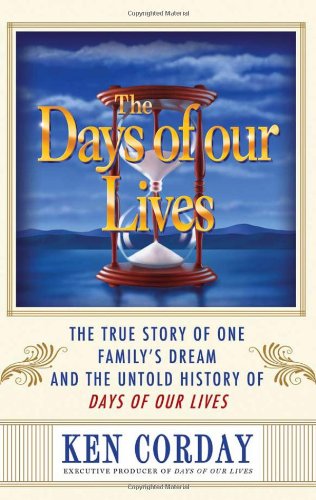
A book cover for The Days of our Lives: The True Story of One Family's Dream and the Untold History of Days of our Lives; Ken Corday; Humor & Entertainment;